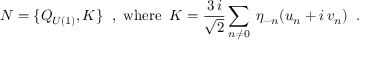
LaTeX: N = \{ Q _ { U ( 1 ) } , K \} \; \; \mathrm { , ~ w h e r e } \; \; K = \frac { 3 \, i } { \sqrt { 2 } } \sum _ { n \neq 0 } \: \eta _ { - n } ( u _ { n } + i \, v _ { n } ) \; \; .